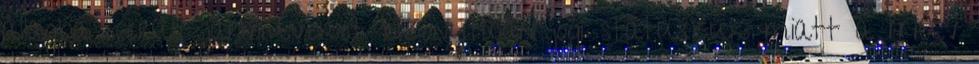
állagba került járműveket bizonytalan jogi státuszuk miatt a MÁV